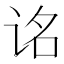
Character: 𬣮